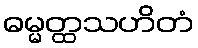
ဓမ္မတ္ထသဟိတံ